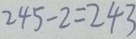
2 4 5 - 2 = 2 4 3